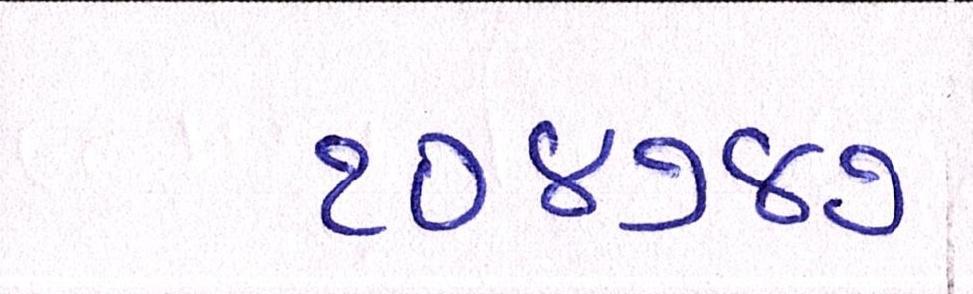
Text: ૧૦૪૭૪૭